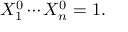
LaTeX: X _ { 1 } ^ { 0 } \cdots X _ { n } ^ { 0 } = 1 .